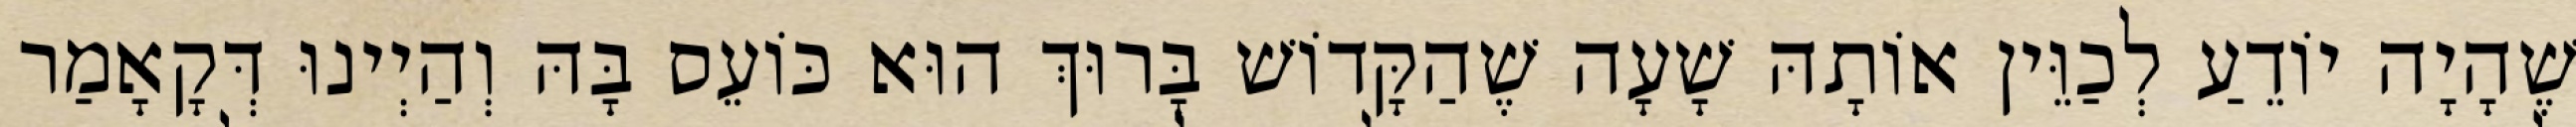
שֶׁהָיָה יוֹדֵעַ לְכַוֵּין אוֹתָהּ שָׁעָה שֶׁהַקָּדוֹשׁ בָּרוּךְ הוּא כּוֹעֵס בָּהּ וְהַיְינוּ דְּקָאָמַר